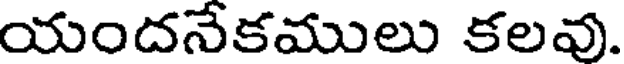
యందనేకములు కలవు.